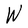
Character: W